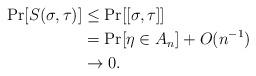
LaTeX: \begin{align*}\Pr[S(\sigma, \tau) ] &\leq \Pr[[\sigma, \tau] ]\\ &= \Pr[\eta \in A_n ] + O(n^{-1})\\&\rightarrow 0.\end{align*}